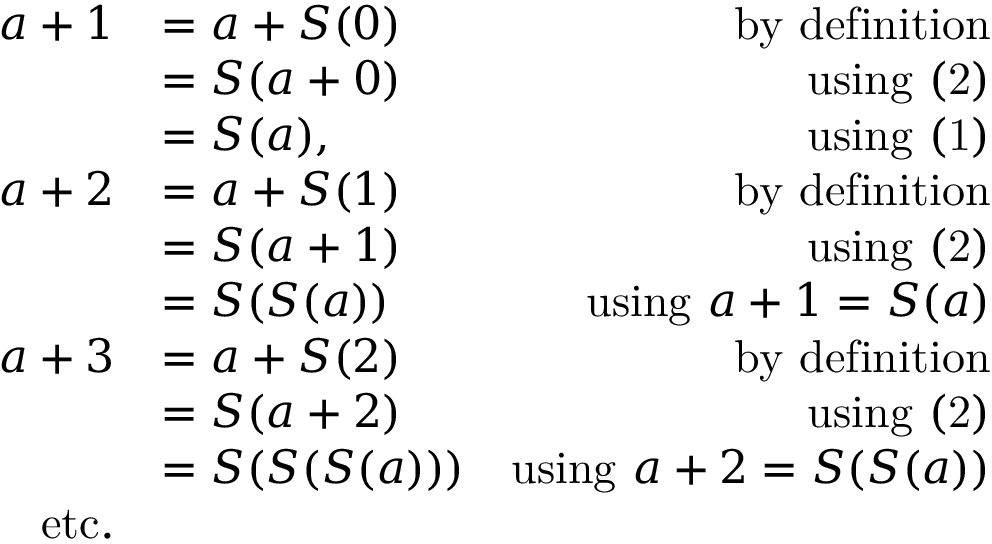
{ \begin{array} { r l r } { a + 1 } & { = a + S ( 0 ) } & { { \mathrm { b y ~ d e f i n i t i o n } } } \\ & { = S ( a + 0 ) } & { { \mathrm { u s i n g ~ ( 2 ) } } } \\ & { = S ( a ) , } & { { \mathrm { u s i n g ~ ( 1 ) } } } \\ { a + 2 } & { = a + S ( 1 ) } & { { \mathrm { b y ~ d e f i n i t i o n } } } \\ & { = S ( a + 1 ) } & { { \mathrm { u s i n g ~ ( 2 ) } } } \\ & { = S ( S ( a ) ) } & { { \mathrm { u s i n g ~ } } a + 1 = S ( a ) } \\ { a + 3 } & { = a + S ( 2 ) } & { { \mathrm { b y ~ d e f i n i t i o n } } } \\ & { = S ( a + 2 ) } & { { \mathrm { u s i n g ~ ( 2 ) } } } \\ & { = S ( S ( S ( a ) ) ) } & { { \mathrm { u s i n g ~ } } a + 2 = S ( S ( a ) ) } \\ { { \mathrm { e t c . } } } & { } \end{array} }